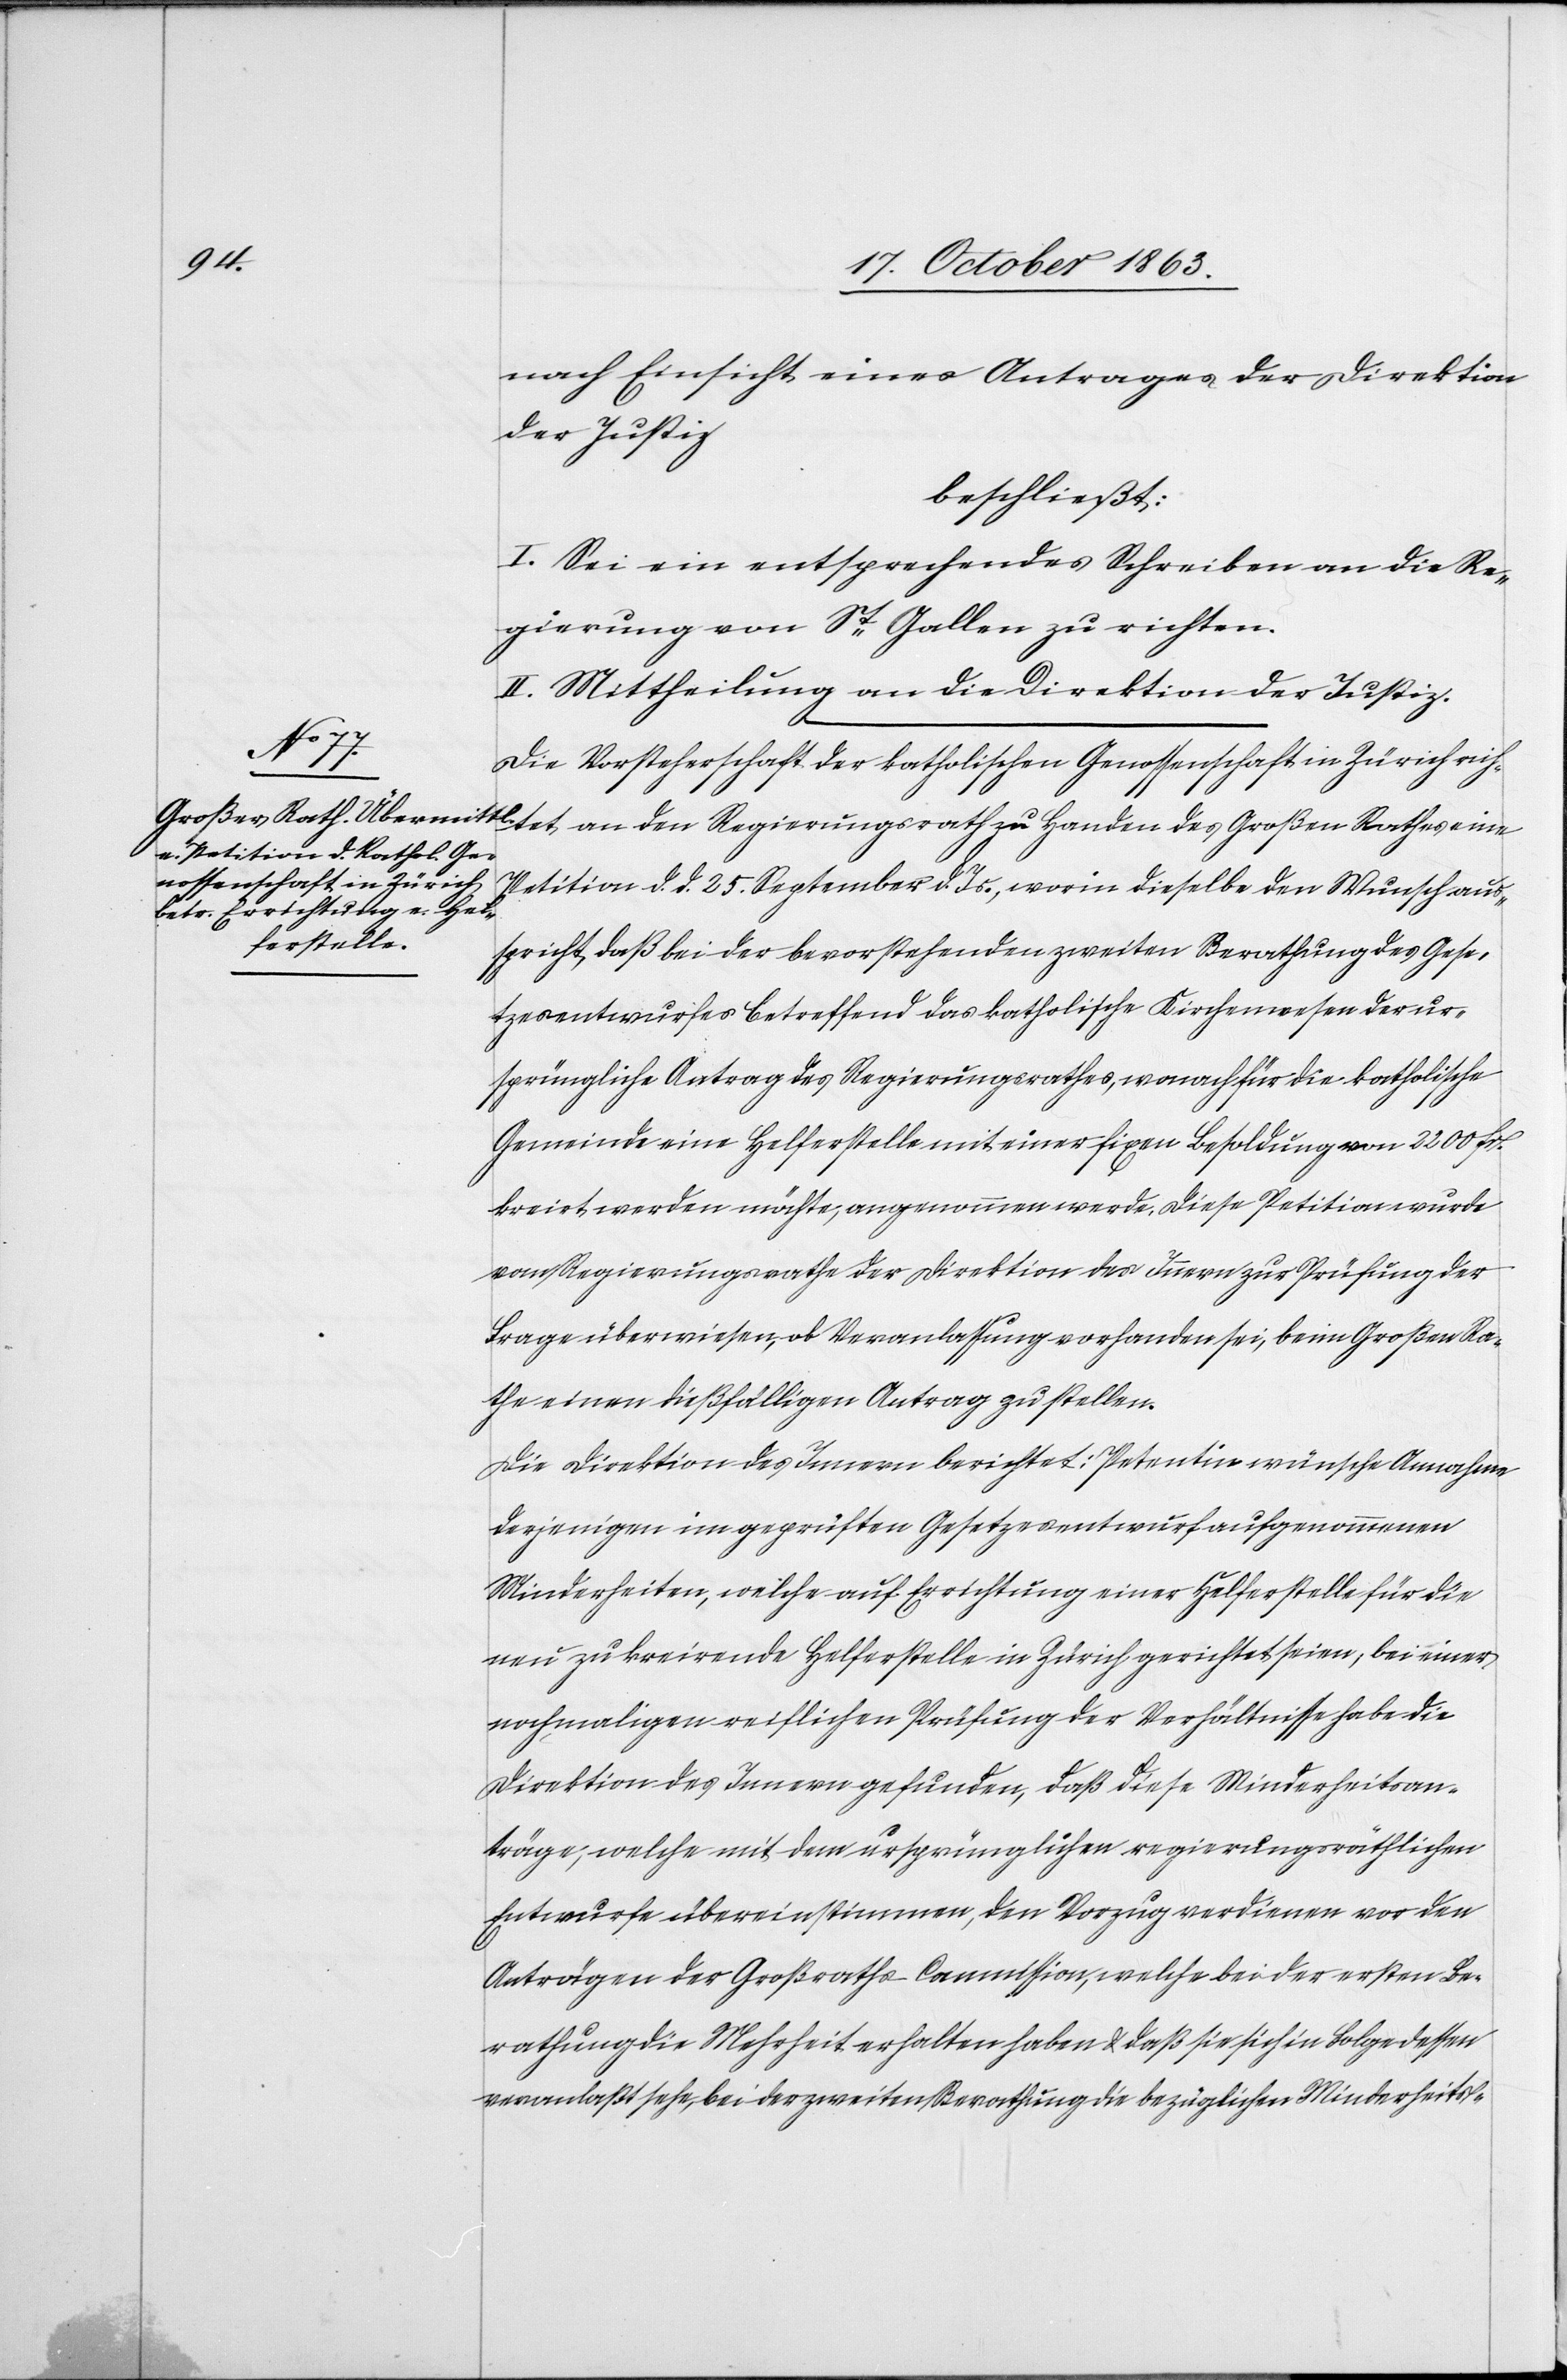
tet
nach Einsicht eines Antrages der Direktion
der Justiz
beschließt:
I. Sei ein entsprechendes Schreiben an die Re¬
gierung von St Gallen zu richten.
II. Mittheilung an die Direktion der Justiz.
Die Vorsteherschaft der katholischen Genossenschaft in Zürich rich¬
Petition d. d. 25. September d. Js., worin dieselbe den Wunsch aus¬
spricht, daß bei der bevorstehenden zweiten Berathung des Gese¬
tzesentwurfes betreffend das katholische Kirchenwesen der ur¬
sprüngliche Antrag des Regierungsrathes, wonach für die katholische
Gemeinde eine Helferstelle mit einer fixen Besoldung von 2200 fr.
kreirt werden möchte, angenommen werde, diese Petition wurde
vom Regierungsrathe der Direktion des Innern zur Prüfung der
Frage überwiesen, ob Veranlassung vorhanden sei, beim Großen Ra¬
the einen dießfälligen Antrag zu stellen.
Die Direktion des Innern berichtet: Petentin wünsche Annahme
derjenigen im geprüften Gesetzesentwurf aufgenommenen
Minderheiten, welche auf Errichtung einer Helferstelle für die
neu zu kreirende Helferstelle in Zürich gerichtet seien, bei einer
nochmaligen reiflichen Prüfung der Verhältnisse habe die
Direktion des Innern gefunden, daß diese Minderheitsan¬
träge, welche mit dem ursprünglichen regierungsräthlichen
Entwurfe übereinstimmen, den Vorzug verdienen vor den
Anträgen der Großraths-Commission, welche bei der ersten Be¬
rathung die Mehrheit erhalten haben & daß sie sich in Folge dessen
veranlaßt sehe, bei der zweiten Berathung die bezüglichen Minderheits-